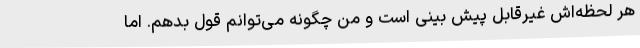
هر لحظه‌اش غیرقابل پیش بینی است و من چگونه می‌توانم قول بدهم. اما